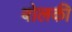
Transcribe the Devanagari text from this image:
बोलकी